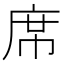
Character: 席